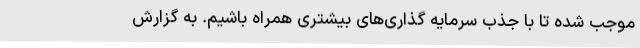
موجب شده تا با جذب سرمایه گذاری‌های بیشتری همراه باشیم. به گزارش